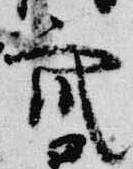
衆